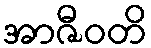
အာဇီဝတိ